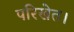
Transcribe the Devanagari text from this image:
परिखेत।